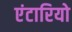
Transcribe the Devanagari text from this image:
एंटारियो